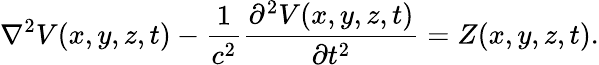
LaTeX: \nabla^{2}V(x,y,z,t)-\frac{1}{c^{2}}\frac{\partial^{2}V(x,y,z,t)}{\partial t^{2}}=Z(x,y,z,t).